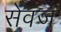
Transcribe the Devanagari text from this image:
सेवज